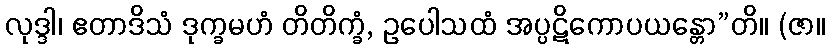
လုဒ္ဒါ၊ ဧတာဒိသံ ဒုက္ခမဟံ တိတိက္ခံ, ဥပေါသထံ အပ္ပဋိကောပယန္တော”တိ။ (ဇာ။